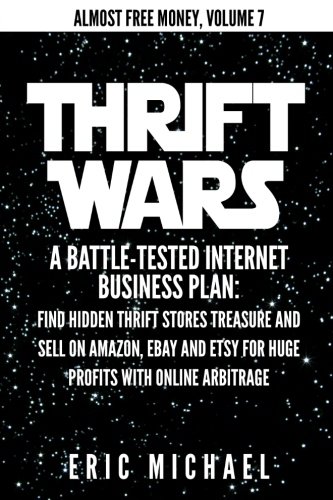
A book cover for Thrift Wars: A Battle-Tested Internet Business Plan: Find Hidden Thrift Stores Treasure and Sell on Amazon, eBay and Etsy for Huge Profits with Online Arbitrage (Almost Free Money) (Volume 8); Eric Michael; Computers & Technology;